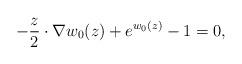
LaTeX: \begin{align*}-\frac{z}{2}\cdot\nabla w_0(z) + e^{w_0(z)} - 1 = 0,\end{align*}